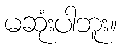
မဆုံးပါဘူး။